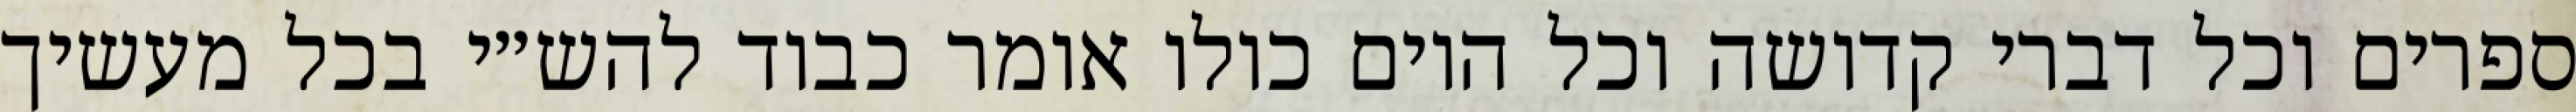
ספרים וכל דברי קדושה וכל היום כולו אומר כבוד להש״י בכל מעשיך